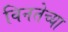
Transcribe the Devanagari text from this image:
विनतेच्या